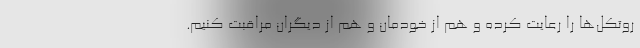
روتکل‌ها را رعایت کرده و هم از خودمان و هم از دیگران مراقبت کنیم.